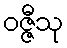
ဝဇ္ဇီသု